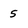
Character: 5